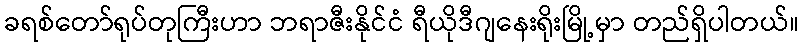
ခရစ်တော်ရုပ်တုကြီးဟာ ဘရာဇီးနိုင်ငံ ရီယိုဒီဂျနေးရိုးမြို့မှာ တည်ရှိပါတယ်။